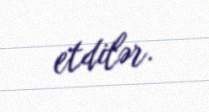
etdilər.